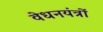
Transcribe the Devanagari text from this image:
वेधनयंत्रों